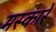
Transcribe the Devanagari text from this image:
मस्कारे